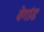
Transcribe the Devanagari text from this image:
वेगांड